Civil Veterinary Dept. Bombay admin report 1932-41 - 1932-1941
Year: 1932
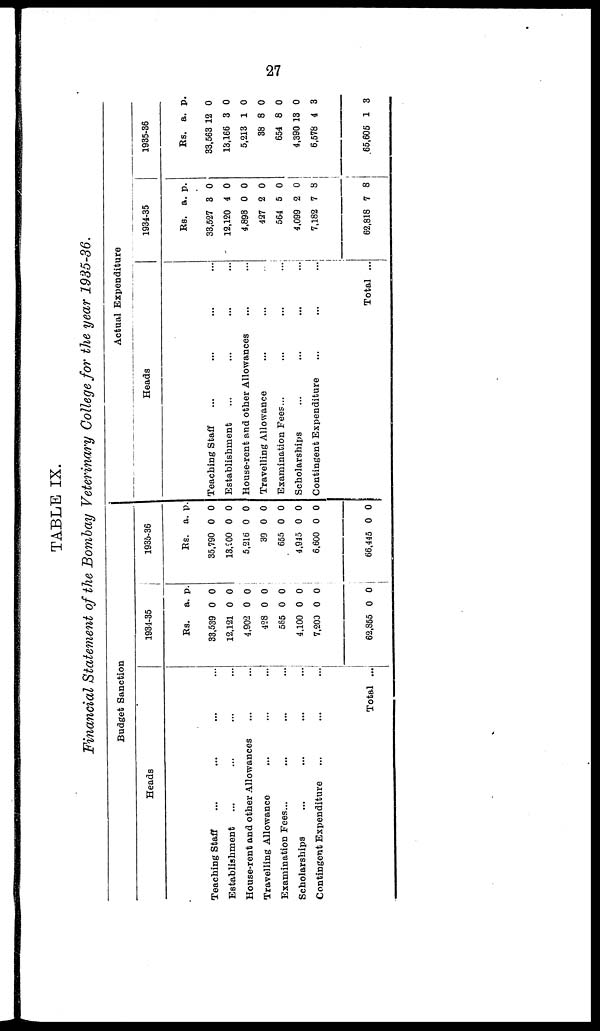
27
TABLE IX.
Financial Statement of the Bombay Veterinary College for the year 1935-36.
Budget Sanction
Heads
Teaching Staff ... ... ... ...
Establishment ... ... ... ...
House-rent and other Allowances ... ...
Travelling Allowance ... ... ... ...
Examination Fees... ... ... ...
Scholarships ... ... ... ...
Contingent Expenditure ... ... ...
Total ...
1934-35
Rs.
33,589
12,121
4,902
428
565
4,100
7,200
62,855
a.
0
0
0
0
0
0
0
0
p.
0
0
0
0
0
0
0
0
1935-36
Rs.
35,790
13,200
5,216
89
655
4,915
6,600
68,445
a.
0
0
0
0
0
0
0
0
p.
0
0
0
0
0
0
0
0
Actual Expenditure
Heads
Teaching Staff ... ... ... ...
Establishment ... ... ... ...
House-rent and other Allowances ... ...
Travelling Allowance ... ... ..
Examination Fees... ... ... ...
Scholarships ... ... ... ...
Contingent Expenditure ... ... ...
Total ...
1934-35
Rs.
33,527
12,120
4,898
427
564
4,099
7,182
62,818
a.
3
4
0
2
5
2
7
7
p.
0
0
0
0
0
0
8
8
1935-36
Rs.
33,563
13,166
5,213
38
654
4,390
6,578
65,605
a.
12
3
1
8
8
13
4
1
p.
0
0
0
0
0
0
3
3